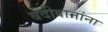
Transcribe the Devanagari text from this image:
बंदीवानांना